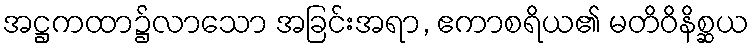
အဋ္ဌကထာ၌လာသော အခြင်းအရာ, ဧကာစရိယ၏ မတိဝိနိစ္ဆယ